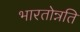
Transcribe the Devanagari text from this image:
भारतोन्नति